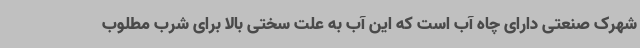
شهرک صنعتی دارای چاه آب است که این آب به علت سختی بالا برای شرب مطلوب